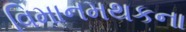
વિમાનમથકના